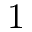
1